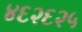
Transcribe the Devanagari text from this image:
४६२६२५